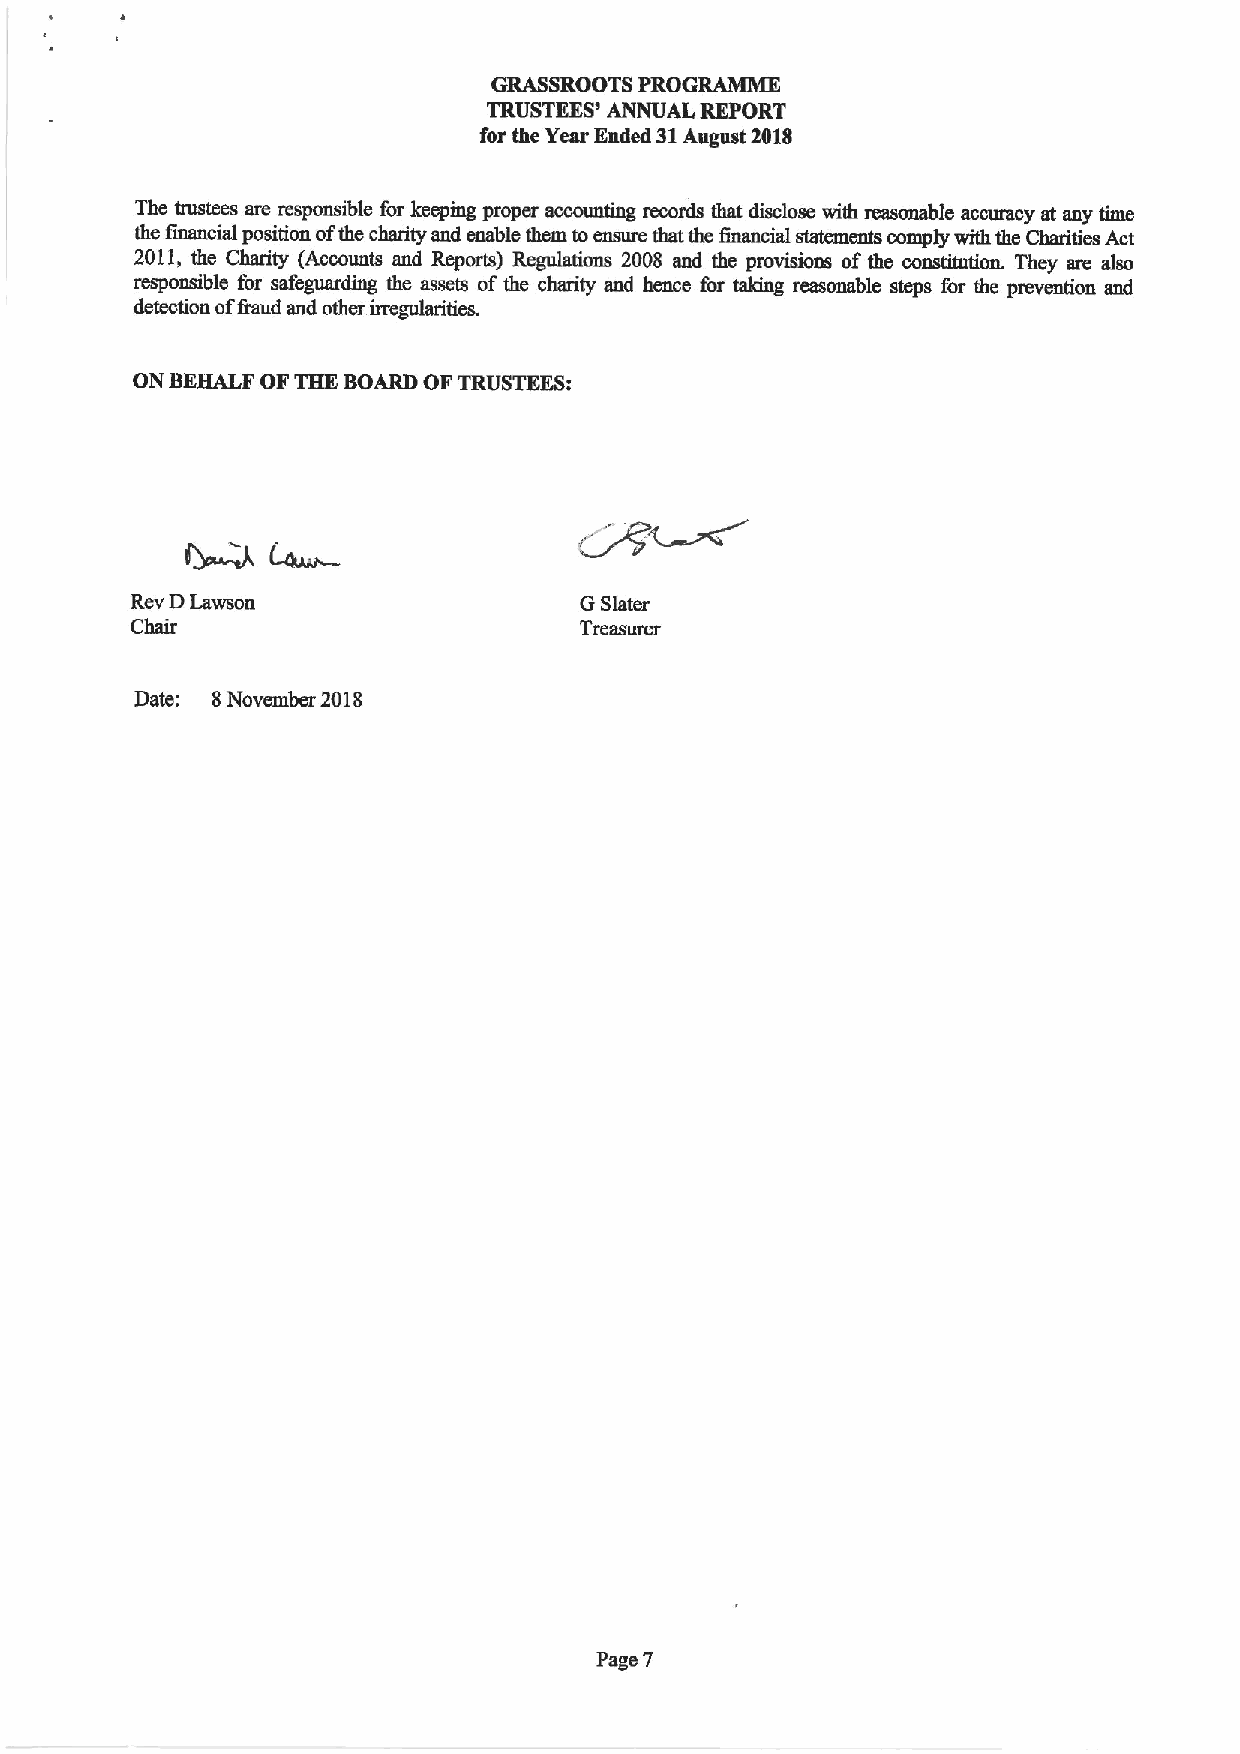
GRASSROOTS PROGRAMME
 TRUSTEES' ANNUAL REPORT
 for the Year Ended 31August 2018
 The trustees are responsible for keeping proper accounting records that disclose with reasonable accuracy at any time
 the financial position ofthe charity and enable them toensure that the Qnancial statements comply with tbe Charities Act
 2011,tbe Charity (Accounts and Reports) Regulations 2008 and the provisions ofthe constitution. They are also
 responsible for safeguarding the assets oftbe charity and hence for taking reasonable steps for the prevention and
 detection of&aud and other irregularities.
 ON BEHALF OFTHE BOARD OFTRUSTEES:
 Rev DLawson                  GSister
 Chair                        Treasurer
 Date: 8November 2018
 Page 7